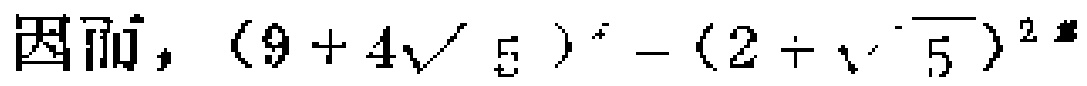
因而，$(9 + 4\sqrt{5})^{2}-(2+\sqrt{5})^{2}$